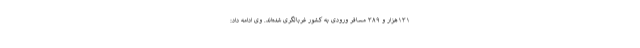
۱۳۱هزار و ۳۸۹ مسافر ورودی به کشور غربالگری شده‌اند. وی ادامه داد: